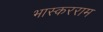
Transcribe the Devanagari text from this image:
भास्करराम